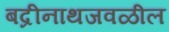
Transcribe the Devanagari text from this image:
बद्रीनाथजवळील